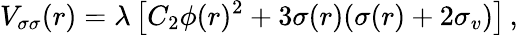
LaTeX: V_{\sigma\sigma}(r)=\lambda\left[C_{2}\phi(r)^{2}+3\sigma(r)(\sigma(r)+2\sigma_{v})\right]\, ,